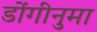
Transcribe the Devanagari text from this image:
डोंगीनुमा